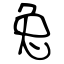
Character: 兔